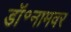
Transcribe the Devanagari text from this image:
डॉ॰नामवर